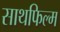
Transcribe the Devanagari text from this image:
साथफिल्म